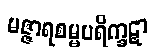
မဇ္ဇာရစမ္မပရိက္ခဋာ